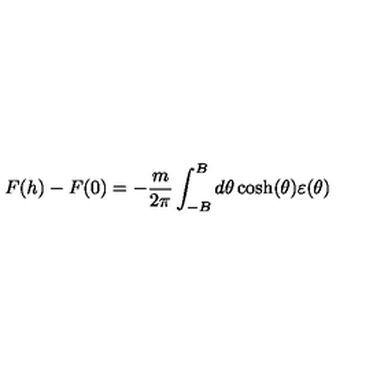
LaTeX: F ( h ) - F ( 0 ) = - \frac { m } { 2 \pi } \int _ { - B } ^ { B } d \theta \cosh ( \theta ) \varepsilon ( \theta )